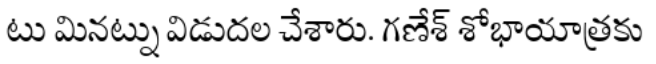
టు మినట్ను విడుదల చేశారు. గణేశ్ శోభాయాత్రకు